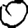
Digit: 0